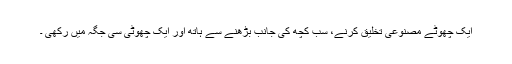
ایک چھوٹے مصنوعی تخلیق کرنے، سب کچھ کی جانب بڑھنے سے ہاتھ اور ایک چھوٹی سی جگہ میں رکھی ۔